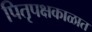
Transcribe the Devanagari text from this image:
पितृपक्षकाळात